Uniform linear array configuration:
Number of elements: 24
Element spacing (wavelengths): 1
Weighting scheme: exponential
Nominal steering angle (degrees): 0
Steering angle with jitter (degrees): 1.098
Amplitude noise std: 0.05
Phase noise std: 0.05

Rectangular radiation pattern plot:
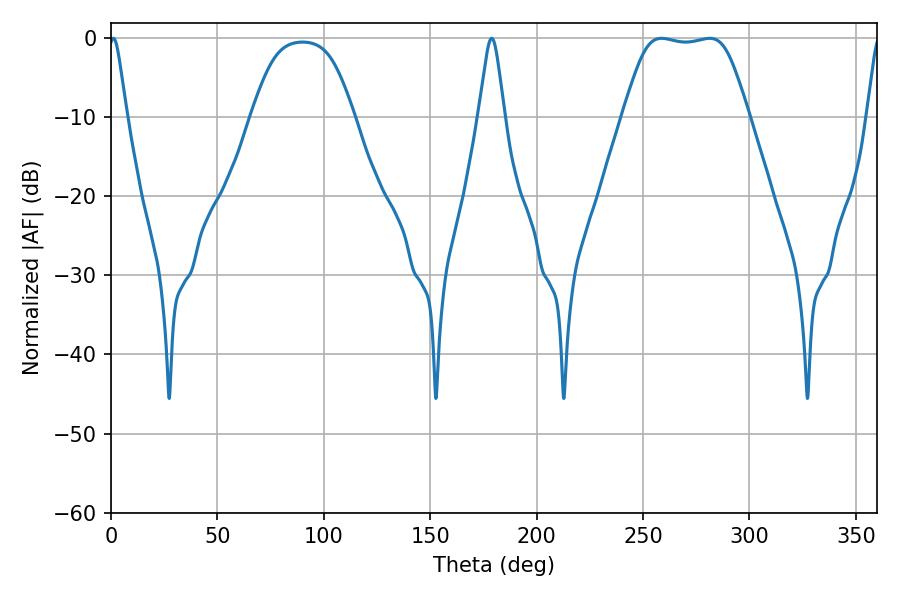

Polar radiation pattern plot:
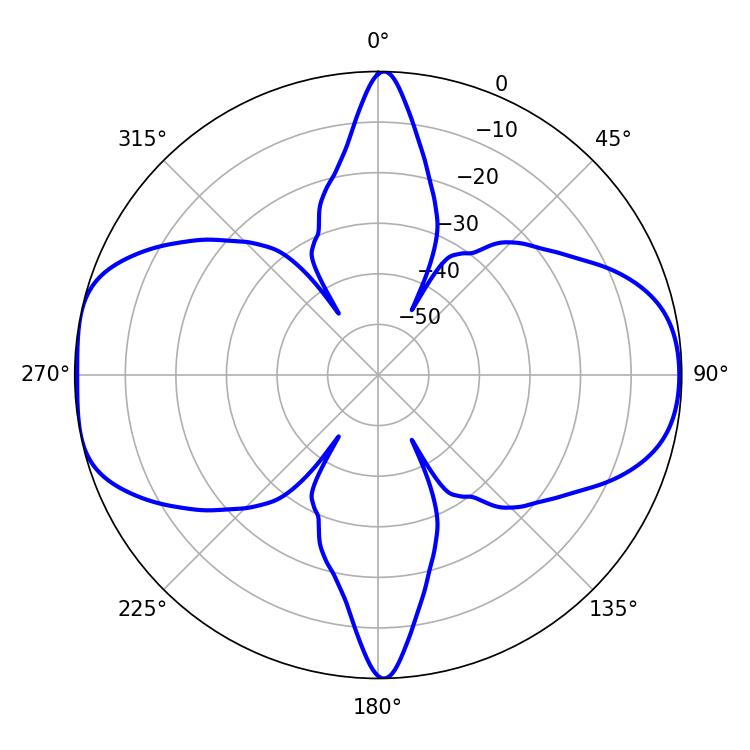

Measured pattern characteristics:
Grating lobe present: TRUE
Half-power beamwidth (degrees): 43.56
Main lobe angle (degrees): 258.66